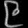
Digit: ၉